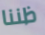
ظننا